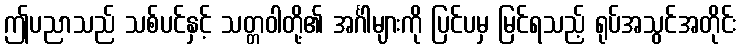
ဤပညာသည် သစ်ပင်နှင့် သတ္တဝါတို့၏ အင်္ဂါများကို ပြင်ပမှ မြင်ရသည့် ရုပ်အသွင်အတိုင်း